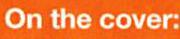
On the cover: